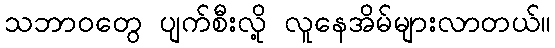
သဘာဝတွေ ပျက်စီးလို့ လူနေအိမ်များလာတယ်။